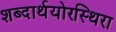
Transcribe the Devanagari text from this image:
शब्दार्थयोरस्थिरा